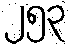
၂၅၃